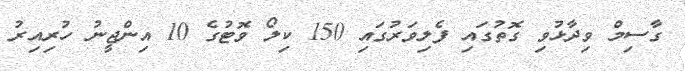
ގާސިމް ވިދާޅުވި ގޮތުގައި ފެލިވަރުގައި 150 ކިލޯ ވޮޓުގެ 10 އިންޖީނު ހުރިއިރު